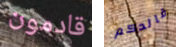
قادمون قائدكم